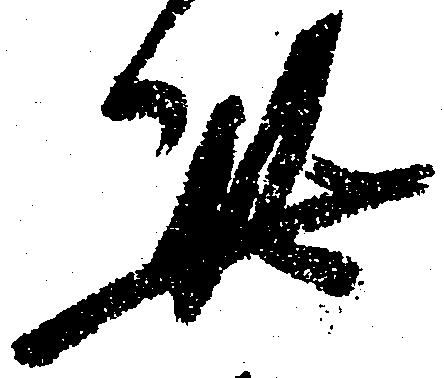
此